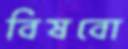
বিষবো